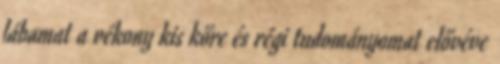
lábamat a vékony kis kőre és régi tudományomat elővéve